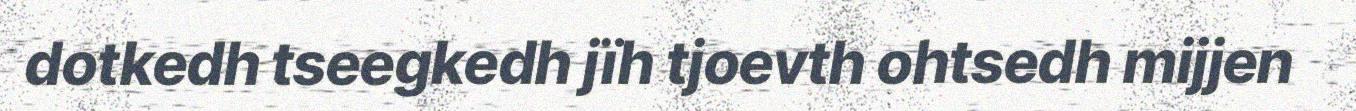
dotkedh tseegkedh jïh tjoevth ohtsedh mijjen